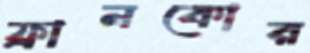
ফ্রানকোর